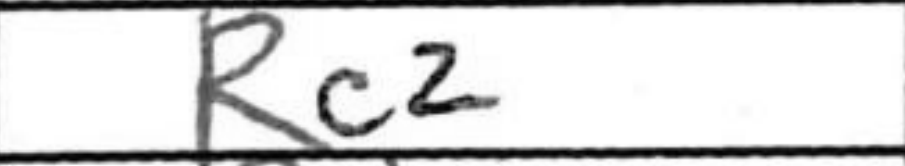
Transcription: Rc2